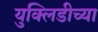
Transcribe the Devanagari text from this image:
युक्लिडीच्या